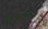
بوقته